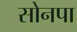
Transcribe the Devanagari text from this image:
सोनपा